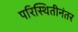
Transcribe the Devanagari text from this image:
परिस्थितीनंतर